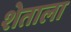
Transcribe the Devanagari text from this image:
शेताला